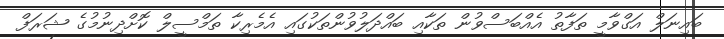
ބައިނަލް އަގްވާމީ ތަފާތު އެއްބަސްވުން ތަކާއި ބައްދަލުވުންތަކުގައި އެމެރިކާ ތަމްސީލް ކޮށްދިނުމުގެ ޝަރަފް